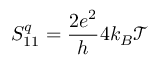
S _ { 1 1 } ^ { q } = \frac { 2 e ^ { 2 } } { h } 4 k _ { B } \mathcal { T }